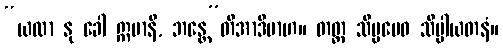
“ယထာ နု ခေါ ဣမာနိ, ဘန္တေ”တိအာဒိမာဟ။ တတ္ထ သိပ္ပမေဝ သိပ္ပါယတနံ။